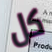
كل